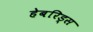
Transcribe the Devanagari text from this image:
हेबरिड्स